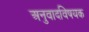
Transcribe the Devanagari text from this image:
अनुवादविषयक